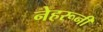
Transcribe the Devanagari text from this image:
नेहरूनी